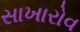
સાખારોવ